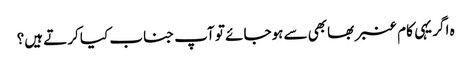
ہ اگر یہی کام عنبر بھابھی سے ہوجائے تو آپ جناب کیا کرتے ہیں؟